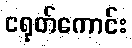
ငရုတ်ကောင်း